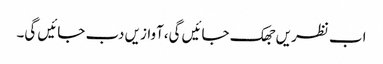
اب نظریں جھک جائیں گی،آوازیں دب جائیں گی۔